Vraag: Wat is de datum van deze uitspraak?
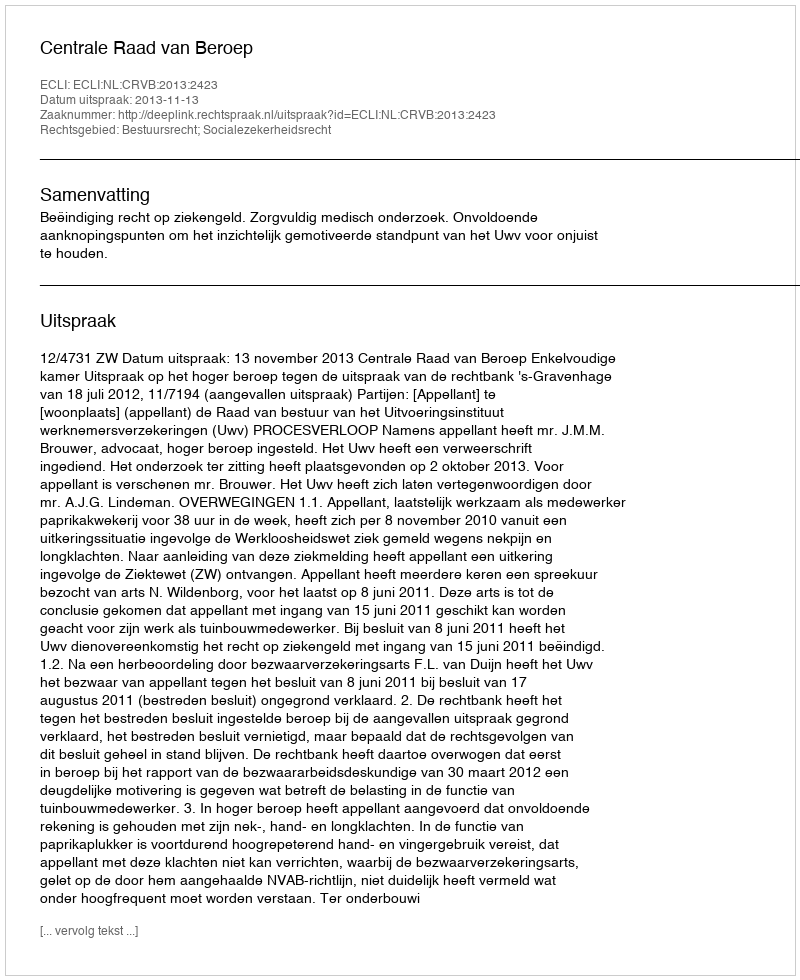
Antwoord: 2013-11-13